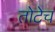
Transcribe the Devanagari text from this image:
तोटेच